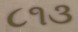
૮૧૩